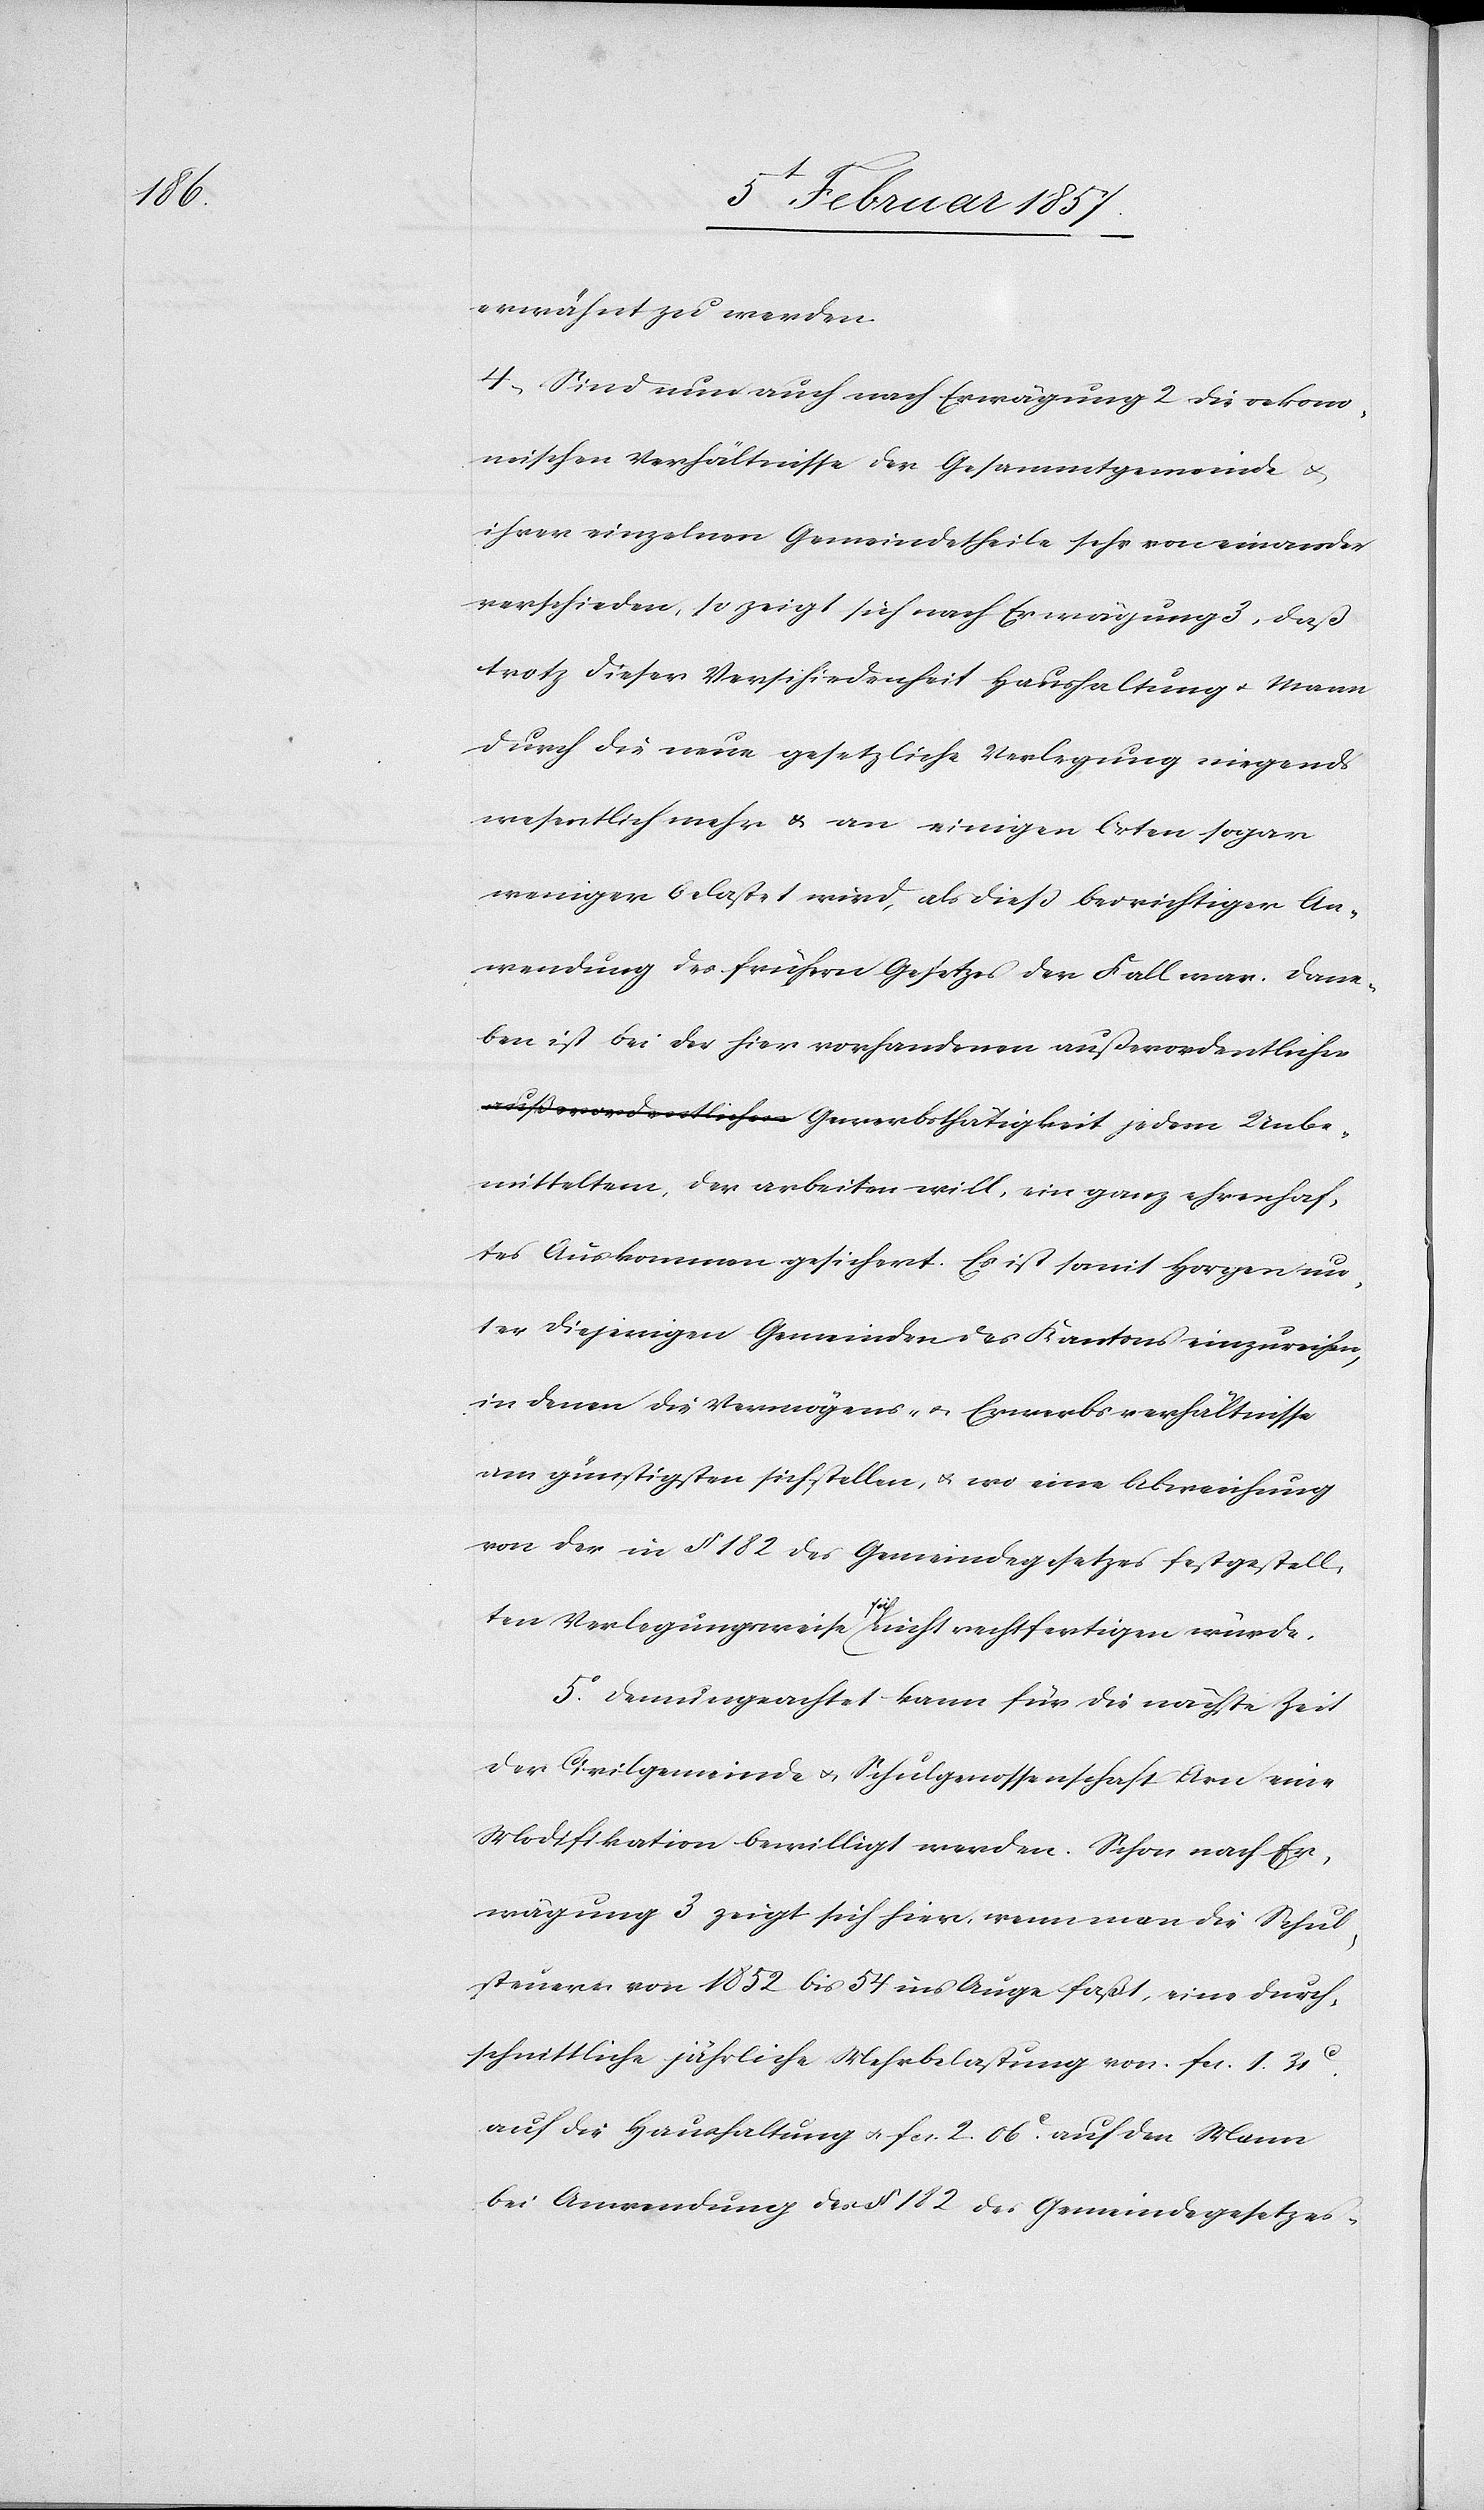
Unbe¬

erwähnt zu werden.
4. Sind nun auch nach Erwägung 2 die oekono¬
mischen Verhältnisse der Gesammtgemeinde &
ihrer einzelnen Gemeindetheile sehr von einander
verschieden, so zeigt sich nach Erwägung 3, daß
trotz dieser Verschiedenheit Haushaltung u. Mann
durch die neue gesetzliche Verlegung nirgends
wesentlich mehr & an einigen Orten sogar
weniger belastet wird, als dieß bei richtiger An¬
wendung des frühern Gesetzes der Fall war. Dane¬
ben ist bei der hier vorhandenen außerordentlichen
mitteltem, der arbeiten will, ein ganz ehrenhaf¬
tes Auskommen gesichert. Es ist somit Horgen un¬
ter diejenigen Gemeinden des Kantons einzureihen,
in denen die Vermögens- u. Erwerbsverhältnisse
am günstigsten sich stellen, & wo eine Abweichung
von der in § 182 des Gemeindegesetzes festgestell¬
ten Verlegungsweise a-sich-a nicht rechtfertigen würde.
5. Demungeachtet kann für die nächste Zeit
der Civilgemeinde & Schulgenossenschaft Arn eine
Modifikation bewilligt werden. Schon nach Er¬
wägung 3 zeigt sich hier, wenn man die Schul¬
steuern von 1852 bis 54 ins Auge faßt, eine durch¬
schnittliche jährliche Mehrbelastung von fcs. 1. 31
auf die Haushaltung & fcs. 2. 06 c auf den Mann
bei Anwendung des § 182 des Gemeindegesetzes.